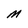
Character: M